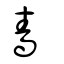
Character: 嗇